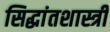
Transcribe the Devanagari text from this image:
सिद्धांतशास्त्री